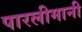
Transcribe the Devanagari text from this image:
पारलीमानी